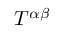
T ^ { \alpha \beta }